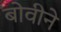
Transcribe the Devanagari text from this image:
बोवीने